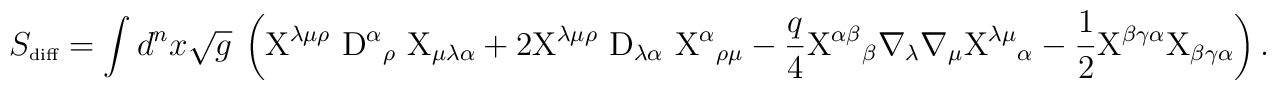
S_{\mbox{\tiny diff}} =  \int d^nx \sqrt{g}~\left( {\rm X}^{\lambda \mu \rho}~{\rm D}^\alpha{}_\rho ~{\rm X}_{ \mu \lambda \alpha} +2  {\rm X}^{\lambda \mu \rho}~ {\rm D}_{\lambda \alpha}~{\rm X}^\alpha{}_{\rho \mu}  -\frac{q}4  {\rm X}^{\alpha \beta}{}_ \beta {} \nabla_\lambda \nabla_\mu{} {\rm X}^{\lambda \mu }{}_\alpha- \frac12  {\rm X}^{\beta \gamma \alpha} {\rm X}_{\beta \gamma \alpha} \right).